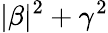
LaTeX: |\beta|^{2}+\gamma^{2}